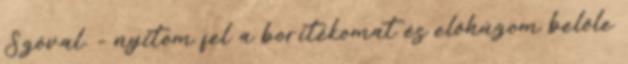
Szóval. - nyitom fel a borítékomat és előhúzom belőle